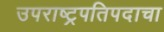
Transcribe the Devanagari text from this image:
उपराष्ट्रपतिपदाचा